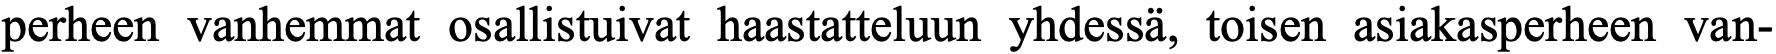
perheen vanhemmat osallistuivat haastatteluun yhdessä, toisen asiakasperheen van-